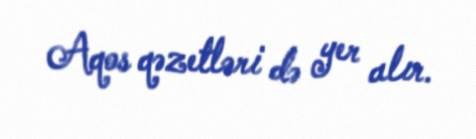
Aqos qəzetləri də yer alır.